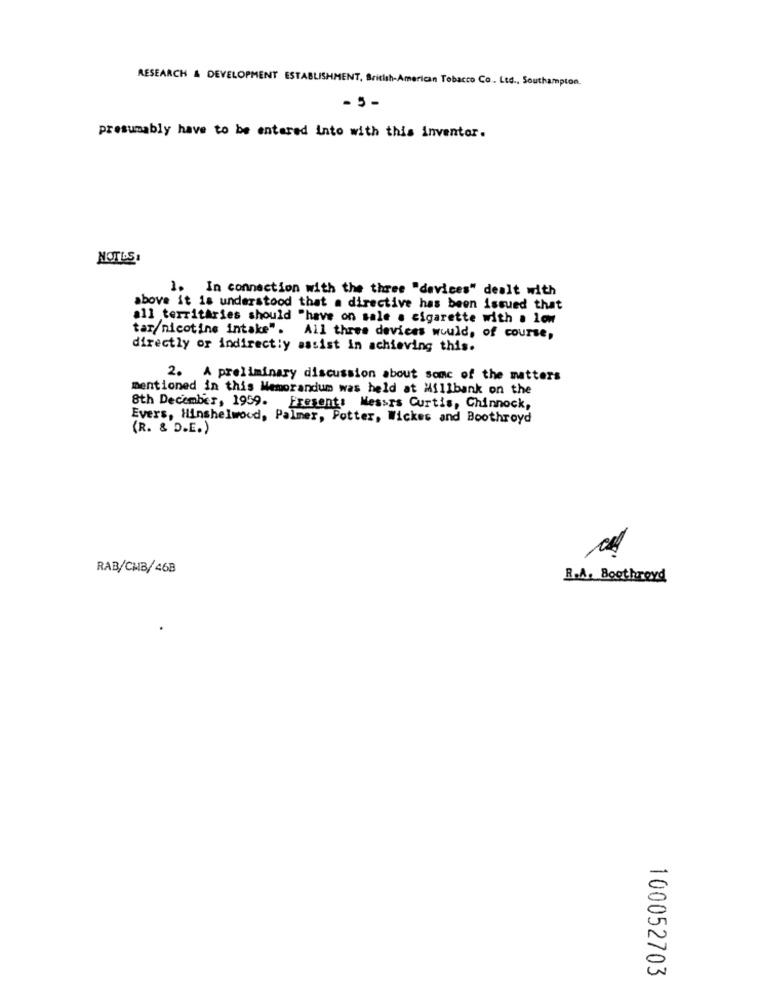
RESEARCH & DEVELOPMENT ESTABLISHMENT, British American Tobacco Co. Ltd ., Southampton.
-5-
presumably have to be entered into with this inventor.
NOTES
1. In connection with the three "devices" dealt with
above it is understood that a directive has been issued that
all territAries should "have on sale a cigarette with . low
tar/nicotine intake". All three devices would, of course,
directly or indirectly assist in achieving this.
2. A preliminary discussion about some of the matters
mentioned in this Memorandum was held at Millbank on the
8th December, 1959. Fresent: Messrs Curtis, Chinnock,
Evers, Hinshelwood, Palmer, Potter, Wickes and Boothroyd
(R. & D.E.)
RAB/CHB/ 468
R.A. Boothroyd
100052703